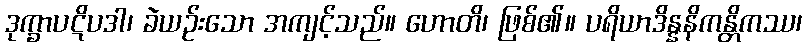
ဒုက္ခာပဋိပဒါ၊ ခဲယဉ်းသော အကျင့်သည်။ ဟောတိ၊ ဖြစ်၏။ ပရိယာဒိန္နနိကန္တိကဿ၊